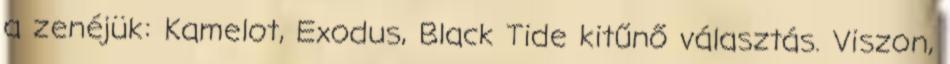
a zenéjük: Kamelot, Exodus, Black Tide kitűnő választás. Viszon,